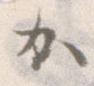
か